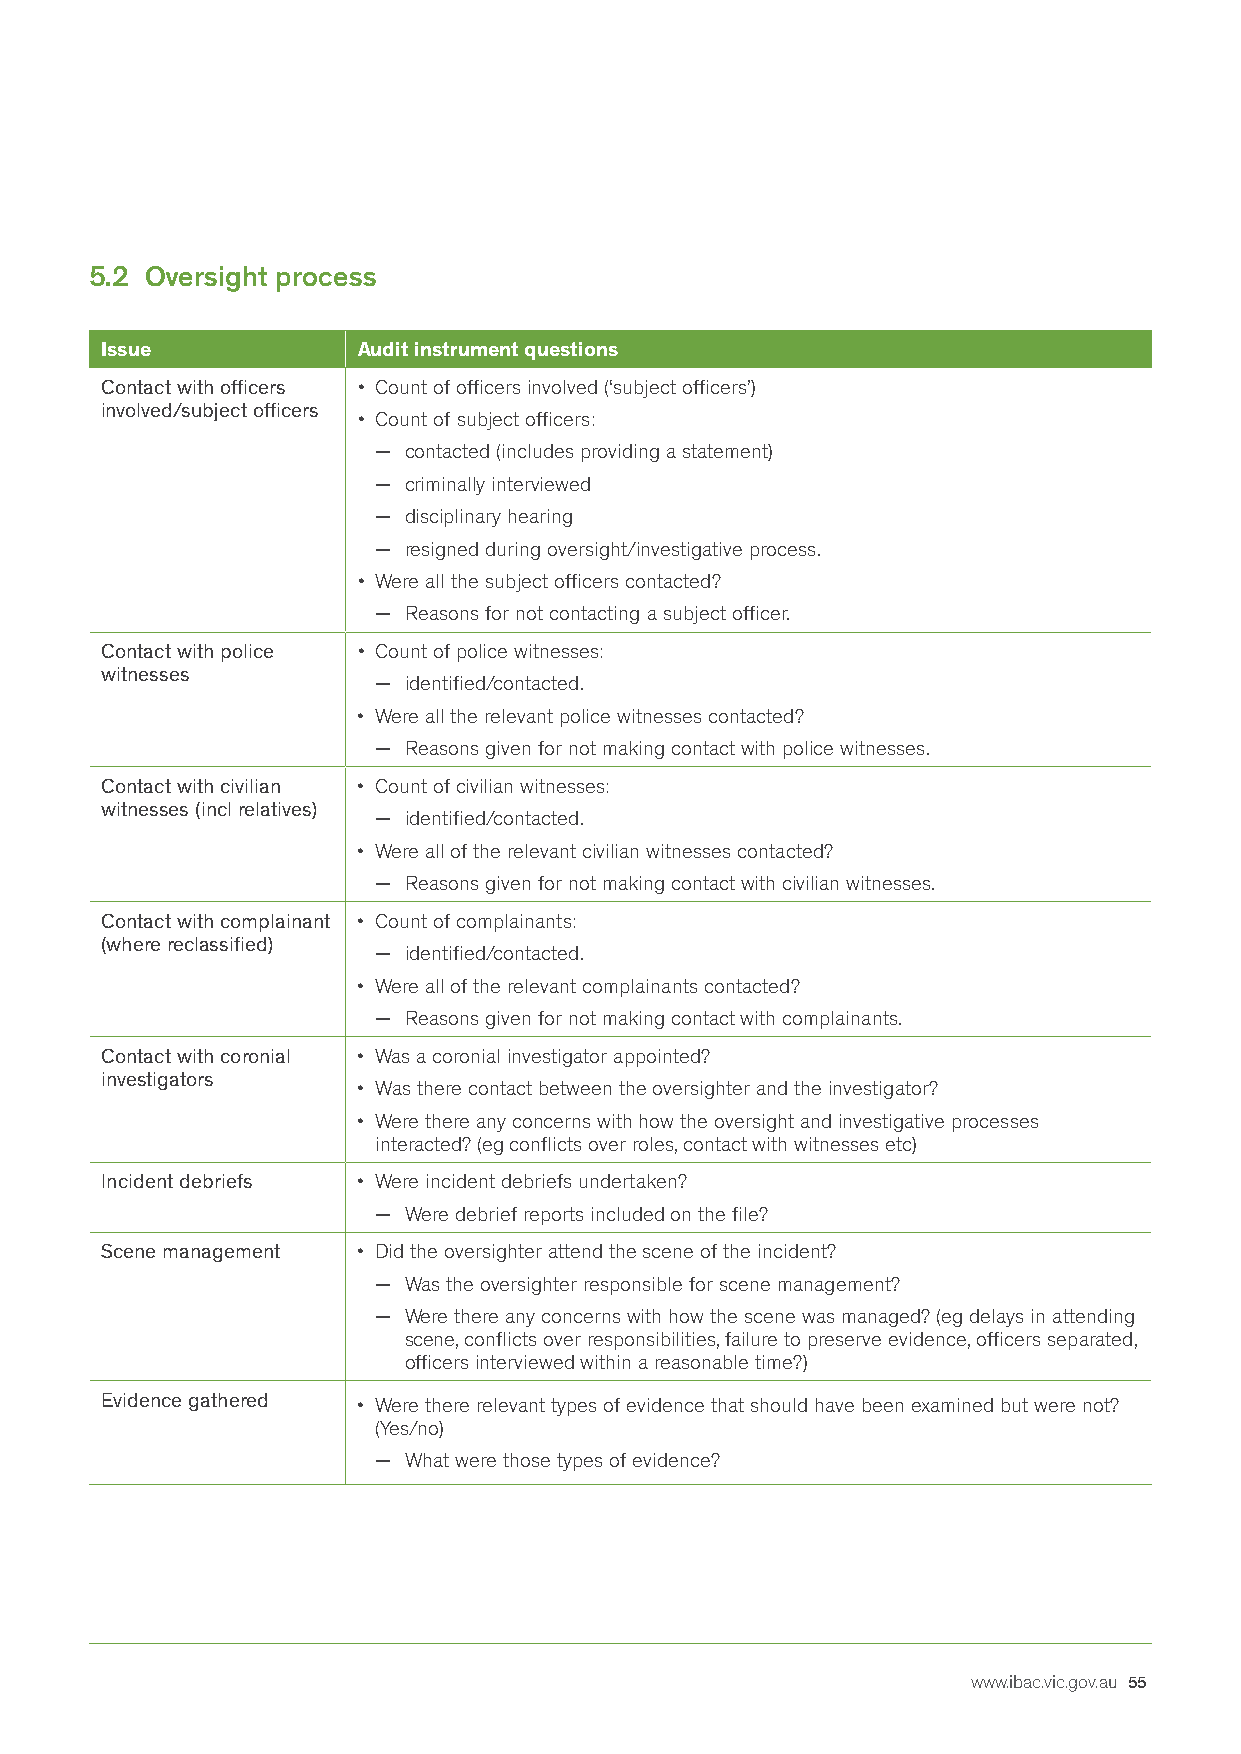
5.2 Oversight process
 Issue            Audit instrument questions
 Contact with officers • Count of officers involved (‘subject officers’)
 involved/subject officers
 • Count of subject officers:
 − contacted (includes providing a statement)
 − criminally interviewed
 − disciplinary hearing
 − resigned during oversight/investigative process.
 • Were all the subject officers contacted?
 − Reasons for not contacting a subject officer.
 Contact with police • Count of police witnesses:
 witnesses
 − identified/contacted.
 • Were all the relevant police witnesses contacted?
 − Reasons given for not making contact with police witnesses.
 Contact with civilian • Count of civilian witnesses:
 witnesses (incl relatives)
 − identified/contacted.
 • Were all of the relevant civilian witnesses contacted?
 − Reasons given for not making contact with civilian witnesses.
 Contact with complainant • Count of complainants:
 (where reclassified)
 − identified/contacted.
 • Were all of the relevant complainants contacted?
 − Reasons given for not making contact with complainants.
 Contact with coronial • Was a coronial investigator appointed?
 investigators
 • Was there contact between the oversighter and the investigator?
 • Were there any concerns with how the oversight and investigative processes
 interacted? (eg conflicts over roles, contact with witnesses etc)
 Incident debriefs • Were incident debriefs undertaken?
 − Were debrief reports included on the file?
 Scene management • Did the oversighter attend the scene of the incident?
 − Was the oversighter responsible for scene management?
 − Were there any concerns with how the scene was managed? (eg delays in attending
 scene, conflicts over responsibilities, failure to preserve evidence, officers separated,
 officers interviewed within a reasonable time?)
 Evidence gathered • Were there relevant types of evidence that should have been examined but were not?
 (Yes/no)
 − What were those types of evidence?
 www.ibac.vic.gov.au 55